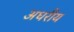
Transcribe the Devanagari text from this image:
अधरीय